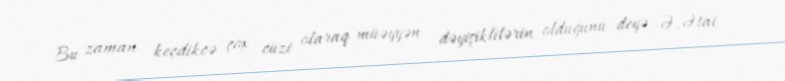
Bu zaman keçdikcə çox cüzi olaraq müəyyən dəyişiklilərin olduğunu deyə Ə.Ətai